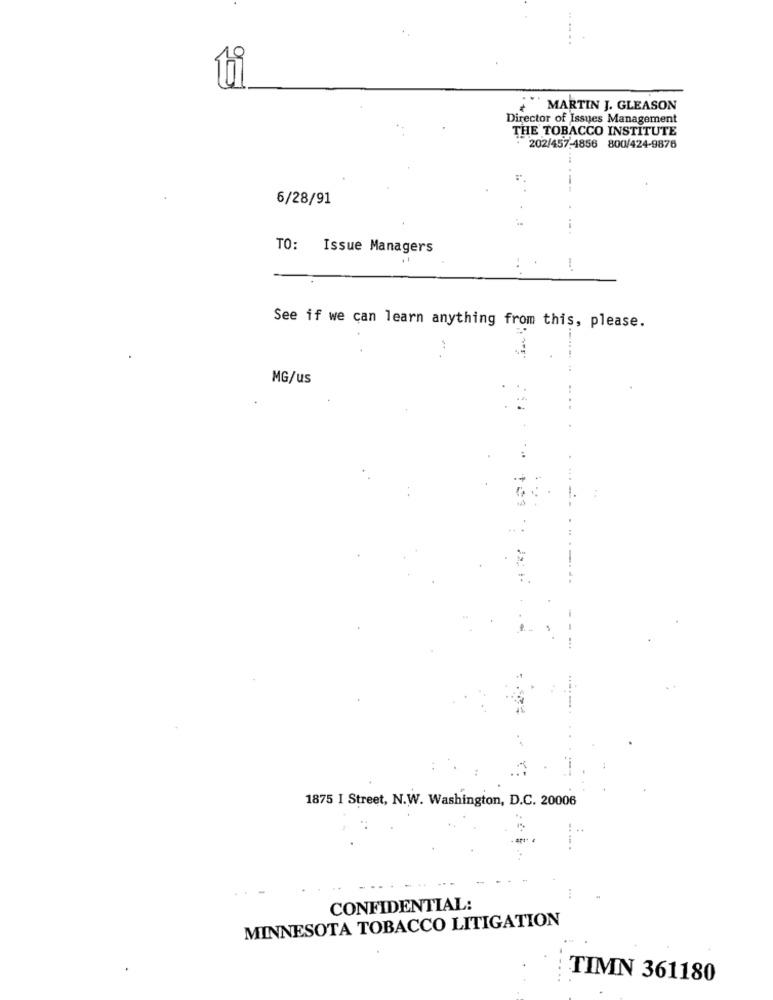
" MARTIN J. GLEASON
Director of Issues Management
THE TOBACCO INSTITUTE
· 202/457,4856 800/424-9876
6/28/91
TO: Issue Managers
-..
See if we can learn anything from this, please.
MG/us
1875 I Street, N.W. Washington, D.C. 20006
CONFIDENTIAL:
MINNESOTA TOBACCO LITIGATION
TIMN 361180